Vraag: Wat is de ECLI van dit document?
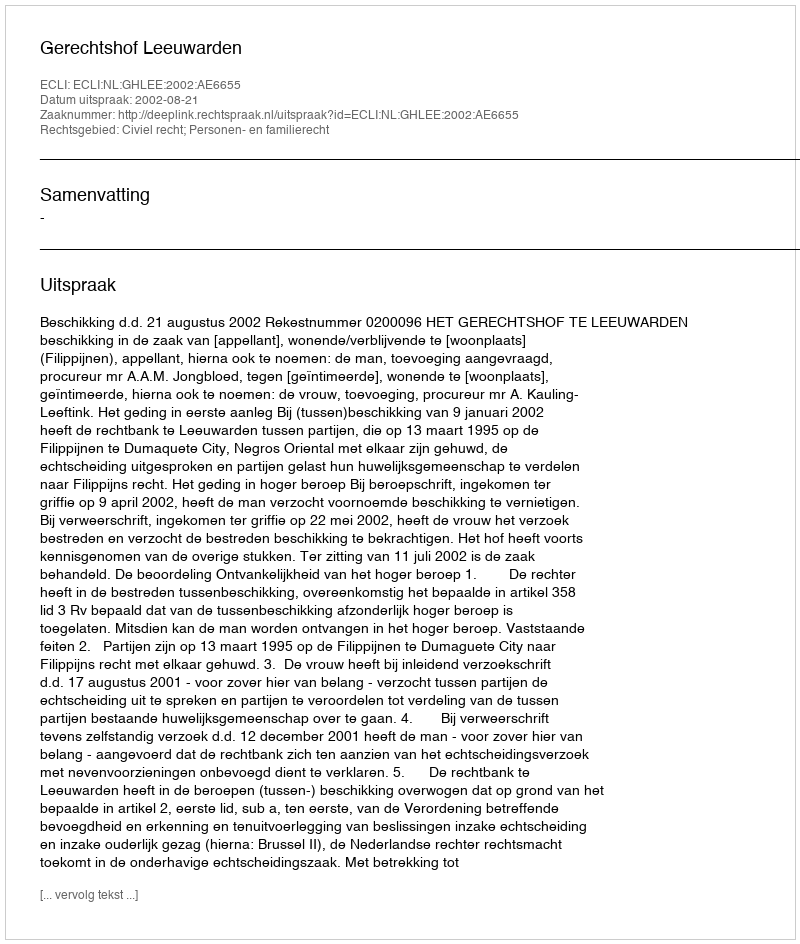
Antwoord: ECLI:NL:GHLEE:2002:AE6655